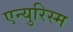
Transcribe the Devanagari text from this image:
एन्युरिस्म